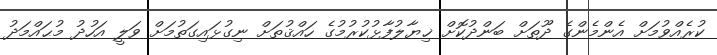
ކުރެއްވުމަށް އެންމެންގެ ދޫތަށް ބަންދުކޮށް ޚިޔާލުފާޅުކުރުމުގެ ހައްޤުތަށް ނިގުޅައިގަތުމަށް ވަލީ އަހުދު މުޙައްމަދު